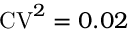
\mathrm { C V } ^ { 2 } = 0 . 0 2